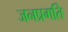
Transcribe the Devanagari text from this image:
जनप्रगति